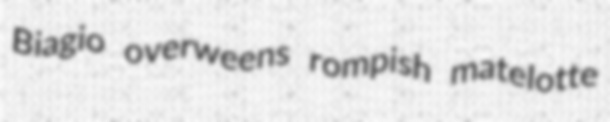
Biagio overweens rompish matelotte